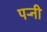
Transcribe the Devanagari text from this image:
पर्‍नी